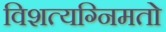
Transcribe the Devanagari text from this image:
विशत्यग्निमतो